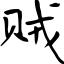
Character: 贼